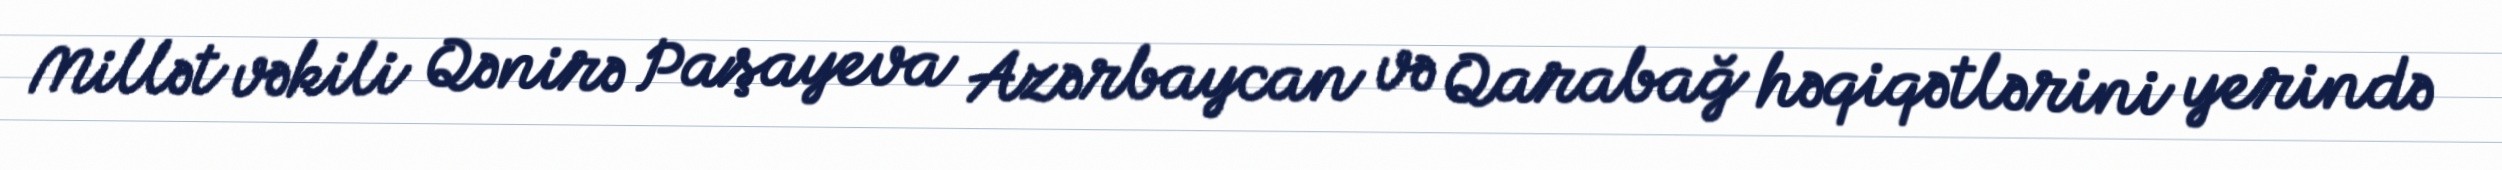
Millət vəkili Qənirə Paşayeva Azərbaycan və Qarabağ həqiqətlərini yerində